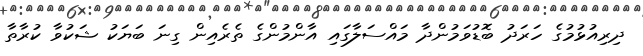
ދިރިއުޅުމުގެ ހަރަދު ބޮޑުވަމުންދާ މައްސަލާގައި އާންމުންގެ ތެރެއިން ގިނަ ބަޔަކު ޝަކުވާ ކުރާތާ